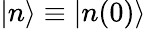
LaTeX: |n\rangle\equiv|n(0)\rangle